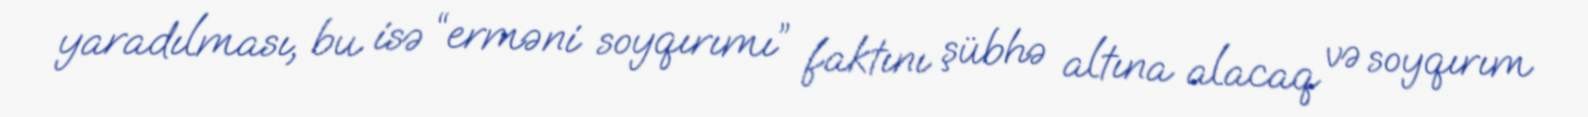
yaradılması, bu isə “erməni soyqırımı” faktını şübhə altına alacaq və soyqırım